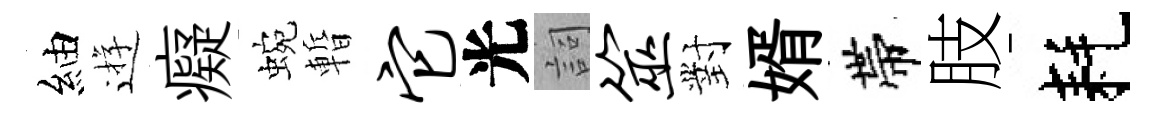
紬逰癡蜿暫它光詞筮對婿帶肢耗